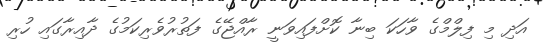
އަދި މި ފިލްމްގެ ވާހަކަ ބިނާ ކޮށްފައިވަނީ ރާއްޖޭގެ ފަތުރުވެރިކަމުގެ ދާއިރާގައި ހުރި